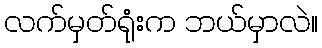
လက်မှတ်ရုံးက ဘယ်မှာလဲ။